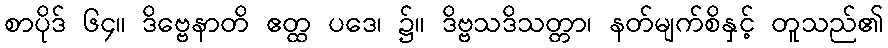
စာပိုဒ် ၆၄။ ဒိဗ္ဗေနာတိ ဧတ္ထ ပဒေ၊ ၌။ ဒိဗ္ဗသဒိသတ္တာ၊ နတ်မျက်စိနှင့် တူသည်၏